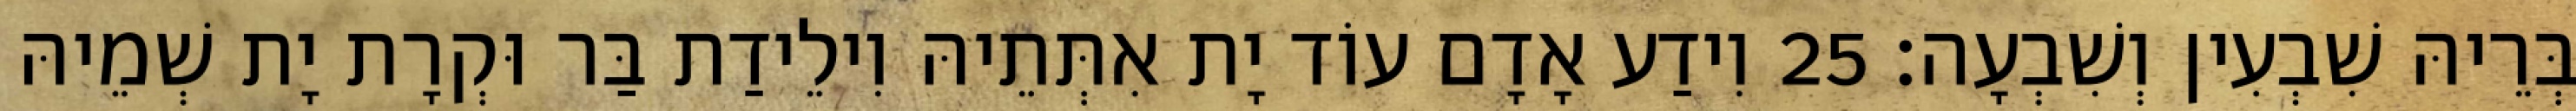
בְּרֵיהּ שִׁבְעִין וְשִׁבְעָה׃ 25 וִידַע אָדָם עוֹד יָת אִתְּתֵיהּ וִילֵידַת בַּר וּקְרָת יָת שְׁמֵיהּ